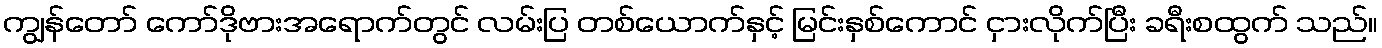
ကျွန်တော် ကော်ဒိုဗားအရောက်တွင် လမ်းပြ တစ်ယောက်နှင့် မြင်းနှစ်ကောင် ငှားလိုက်ပြီး ခရီးစထွက် သည်။